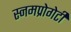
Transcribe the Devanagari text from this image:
स्नमप्रोगेटी